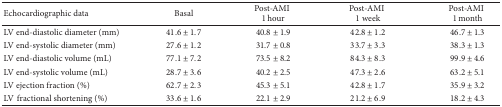
<table><thead><tr><td><b>Echocardiographic data</b></td><td><b>Basal</b></td><td><b>Post-AMI1 hour</b></td><td><b>Post-AMI1week</b></td><td><b>Post-AMI1 month</b></td></tr></thead><tbody><tr><td>LV end-diastolic diameter (mm)</td><td>41.6 ± 1.7</td><td>40.8 ± 1.9</td><td>42.8 ± 1.2</td><td>46.7 ± 1.3</td></tr><tr><td>LV end-systolic diameter (mm)</td><td>27.6 ± 1.2</td><td>31.7 ± 0.8</td><td>33.7 ± 3.3</td><td>38.3 ± 1.3</td></tr><tr><td>LV end-diastolic volume (mL)</td><td>77.1 ± 7.2</td><td>73.5 ± 8.2</td><td>84.3 ± 8.3</td><td>99.9 ± 4.6</td></tr><tr><td>LV end-systolic volume (mL)</td><td>28.7 ± 3.6</td><td>40.2 ± 2.5</td><td>47.3 ± 2.6</td><td>63.2 ± 5.1</td></tr><tr><td>LV ejection fraction (%)</td><td>62.7 ± 2.3</td><td>45.3 ± 5.1</td><td>42.8 ± 1.7</td><td>35.9 ± 3.2</td></tr><tr><td>LVfractional shortening (%)</td><td>33.6 ± 1.6</td><td>22.1 ± 2.9</td><td>21.2 ± 6.9</td><td>18.2 ± 4.3</td></tr></tbody></table>